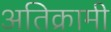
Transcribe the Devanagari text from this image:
अतिक्रामी